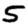
Digit: 5